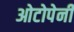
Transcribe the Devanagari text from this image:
ओटोपेनी